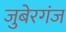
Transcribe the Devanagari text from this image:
जुबेरगंज